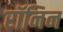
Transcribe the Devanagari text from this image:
रॉनिन